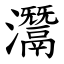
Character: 灊